Cholera in southern India
Disease focus: Cholera
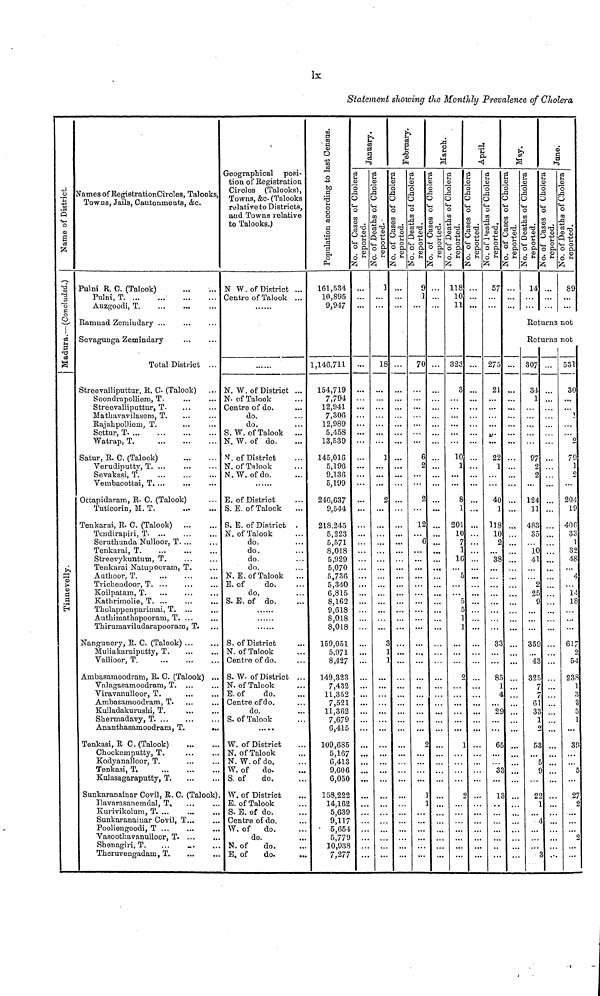
Ix
Statement showing the Monthly Prevalence of Cholera
_Name of District
-
Q
o
CD
'S
"3
§
•—'
g
Tirunnelvely.
Names of RegistrationCircles, Talooks,
Towns, Jails, Cantonments, &c.
Pulni R. C. (Talook)
Tulni, T
Auzgoodi, T.
Ramnad Zemindary ...
Sevagunga Zemindary
Total District ...
Streevalliputtur, R, C (Talook)
Soondrapolliem, T.
Streevalliputtur, T.
Matliavavilasem, T.
Rajahpolliem., T.
Settur, T
Watrap, T.
Satur, R. C. (Talook)
Verudiputty, T. ...
Sevakasi, T.
Vembacottai, T. ...
Ottapidaram, R. C. (Talook)
Tuticorin, M. T.
Tenkarai, R. C. (Talook)
Teudirapiri, T. ...
Seruthunda Nulloor, T. ...
Tenkarai, T
Streovykuntum, T.
Tenkarai Natupooram, T.
Autkoor, T.
Trichendoor, T
Koilpatam, T.
Tholappenparimai, T.
Autliimathapooram T. ...
Thiruniaviludarapooram, T.
Nangunery R. C (Talook) ...
Muliakaraiputty, T.
Vallioor, T.
Ambasamoodram, R. C. (Talook) ...
Valagasamoodram, T.
Viravanulloor, T.
Ambasamoodram, T.
Kulladakurushi, T.
Shermadavy, T
Ananthasamoodram, T.
...
Tenkasi, R C. (Talook)
Chockeinputty, T.
Kodyanalloor, T.
Tenkasi, T,
Kulasagaraputty, T.
Sunkaranainar Covil, R. C. (Talook)
Ilavarasanemdal, T,
Kurivikolum, T. ...
Sunkaranainar Covil T
Pooliengoodi, T ...
Vasoothavanulloor, T. ...
Shenagiri, T.
Theruvengadam, T
Geographical posi-
tion of Registration
Circles (Talooks),
Towns, &c. (Talooks
relative to Districts,
and Towns relative
to Talooks.)
N W. of District ...
Centre of Talook ...
N. W. of District ...
N. of Talook
Centre of do.
do.
do.
S. W. of Talook
N. W. of do.
V. of District
N. of Talook
N.W. of do.
E. of District
S. E. of Talook
S. E. of District .
N. of Talook
do.
do.
do.
do.
N. E. of Talook
E. of
do.
do.
S. of District
N. of Talook
Centre of do.
S. W. of District ...
N. of Talook
E. of
do.
Centre of do.
do.
S. of Talook
W. of District
N. of Talook
N. W. of do.
W. of do.
S. of
do.
W. of District
E. of Talook
S. E. of do.
W. of
do.
do.
N. of
do.
E. of
do.
161,534
10,895
9,947
1,14G,7H
154,719
7,794
12,941
7,306
12,989
5,458
13,539
145,016
5,196
9,136
5,199
246,637
9,544
218.245
5,223
5,571
8,018
5,929
5,070
5,736
5,340
6,815
8,162
9,618
8 018
8,018
159 051
5,971
8,427
149,323
7,432
11,352
7,521
11,362
7,679
6,415
109,685
5,167
6,413
9,606
6,050
158,222
14,162
5,639
5,654
5,779
10,938
7,277
...
...
1
18
1
...
2
1
...
...
...
9
1
70
6
2
2
12
...
118
10
11
323
3
10
1
8
1
201
10
16
5
5
5
1
...
...
57
275
21
22
1
40
1
11
10
2
38
33
85
4
2A
65
13
14
Roturns
Returns
307
34
1
97
2
2
124
11
483
35
10
41
2
25
9
359
43
325
61
3?,
53
22
not
not
89
531
30
..
2
79
1
204
19
406
33
1
32
48
4
14
18
617
54
238
39
27